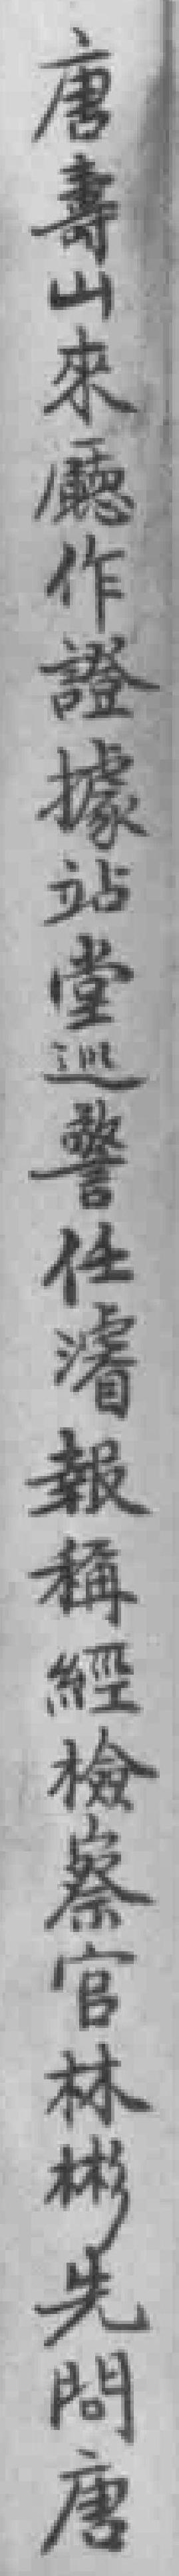
唐壽山來廳作證據站堂巡警任濬報稱經檢察官林彬先問唐